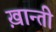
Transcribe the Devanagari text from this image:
ख़ान्ती